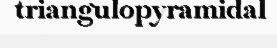
triangulopyramidal